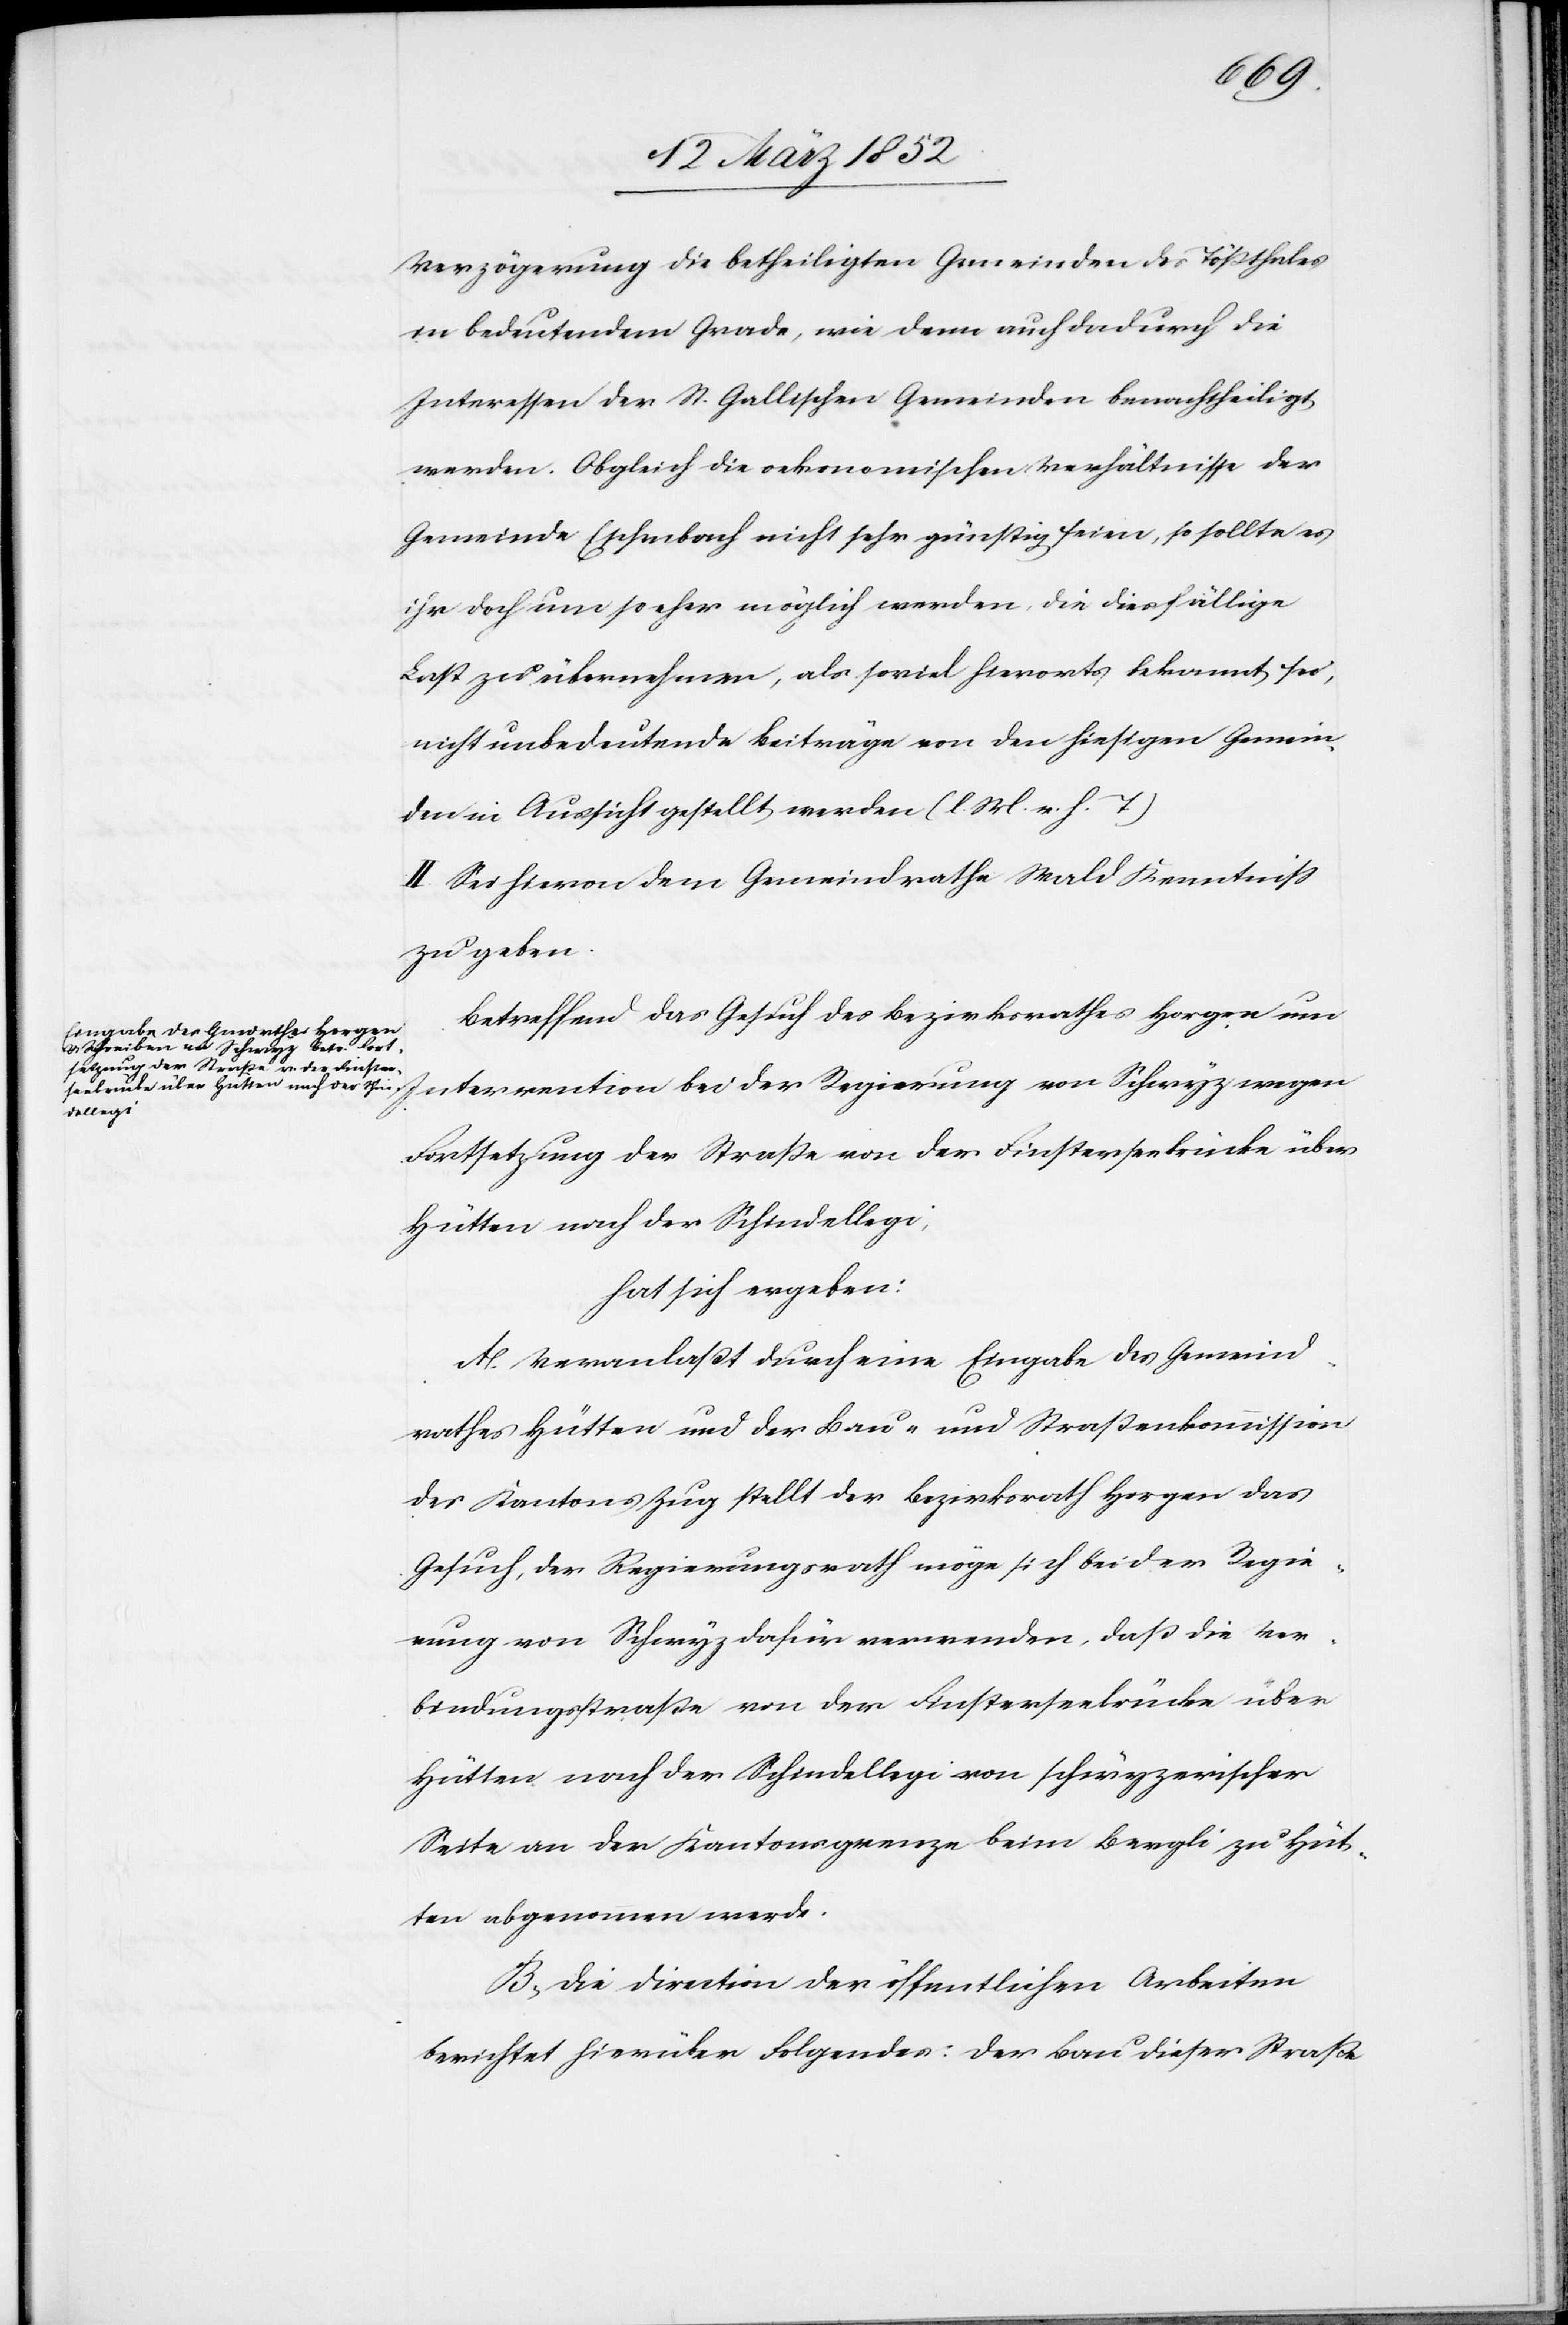
Verzögerung die betheiligten Gemeinden des Tößthales
in bedeutendem Grade, wie denn auch dadurch die
Interessen der St. Gallischen Gemeinden benachtheiligt
werden. Obgleich die oekonomischen Verhältnisse der
Gemeinde Eschenbach nicht sehr günstig seien, so sollte es
ihr doch um so eher möglich werden, die diesfällige
Last zu übernehmen, als soviel hierorts bekannt sei,
nicht unbedeutende Beiträge von den hiesigen Gemein¬
den in Aussicht gestellt werden. (l. M. v. h. T.)
II. Sei hievon dem Gemeindrathe Wald Kenntniß
zu geben.
Betreffend das Gesuch des Bezirksrathes Horgen um
Intervention bei der Regierung von Schwyz wegen
Fortsetzung der Straße von der Finsterbrücke über
Hütten nach der Schindellegi,
hat sich ergeben:
A. Veranlaßt durch eine Eingabe des Gemeind¬
rathes Hütten und der Bau- und Straßenkommission
des Kantons Zug stellt der Bezirksrath Horgen das
Gesuch, der Regierungsrath möge sich bei der Regie¬
rung von Schwyz dafür verwenden, daß die Ver¬
bindungsstraße von der Finsterbrücke über
Hütten nach der Schindellegi von schwyzerischer
Seite an der Kantonsgrenze beim Bergli zu Hüt¬
ten abgenommen werde.
B.) Die Direction der öffentlichen Arbeiten
berichtet hierüber Folgendes: Der Bau dieser Straße